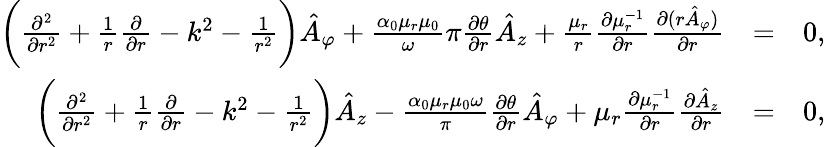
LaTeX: \begin{array}{rlr}{\bigg(\frac{\partial^{2}}{\partial r^{2}}+\frac{1}{r}\frac{\partial}{\partial r}-k^{2}-\frac{1}{r^{2}}\bigg)\hat{A}_{\varphi}+\frac{\alpha_{0}\mu_{r}\mu_{0}}\omega{\pi}\frac{\partial\theta}{\partial r}\hat{A}_{z}+\frac{\mu_{r}}{r}\frac{\partial\mu_{r}^{-1}}{\partial r}\frac{\partial(r\hat{A}_{\varphi})}{\partial r}}&{=}&{0,}\\ {\bigg(\frac{\partial^{2}}{\partial r^{2}}+\frac{1}{r}\frac{\partial}{\partial r}-k^{2}-\frac{1}{r^{2}}\bigg)\hat{A}_{z}-\frac{\alpha_{0}\mu_{r}\mu_{0}\omega}{\pi}\frac{\partial\theta}{\partial r}\hat{A}_{\varphi}+\mu_{r}\frac{\partial\mu_{r}^{-1}}{\partial r}\frac{\partial\hat{A}_{z}}{\partial r}}&{=}&{0,}\end{array}